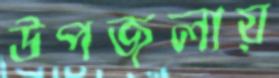
উপজলায়